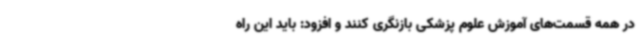
در همه قسمت‌های آموزش علوم پزشکی بازنگری کنند و افزود: باید این راه